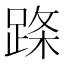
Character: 𬦹